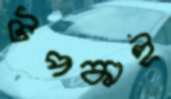
টপকাই